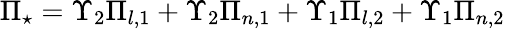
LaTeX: \Pi_{\star}=\Upsilon_{2}\Pi_{l,1}+\Upsilon_{2}\Pi_{n,1}+\Upsilon_{1}\Pi_{l,2}+\Upsilon_{1}\Pi_{n,2}